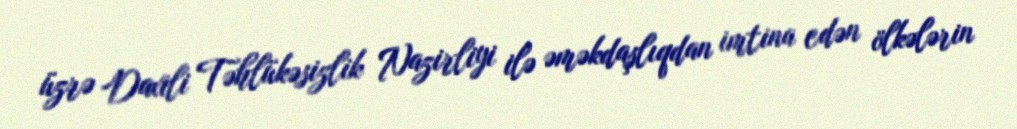
üzrə Daxili Təhlükəsizlik Nazirliyi ilə əməkdaşlıqdan imtina edən ölkələrin